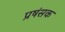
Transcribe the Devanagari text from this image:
प्रषंसक